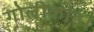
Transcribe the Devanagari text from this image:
गोलीकांड।